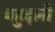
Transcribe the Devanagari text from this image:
बहुदली